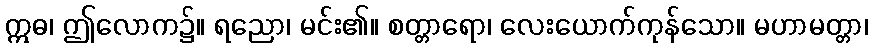
ဣဓ၊ ဤလောက၌။ ရညော၊ မင်း၏။ စတ္တာရော၊ လေးယောက်ကုန်သော။ မဟာမတ္တာ၊